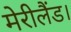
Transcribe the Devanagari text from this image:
मेरीलैंड।